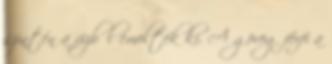
szintén a vízből emelték ki. A görög férfi a